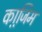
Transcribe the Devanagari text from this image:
का़जि़म